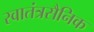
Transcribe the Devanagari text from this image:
स्वातंत्रसैनिक